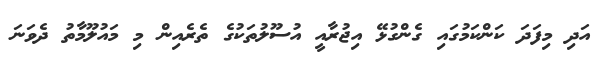
އަދި މިފަދަ ކަންކަމުގައި ގެންގުޅޭ އިޖުރާއީ އުސޫލުތަކުގެ ތެރެއިން މި މައުލޫމާތު ދެވަނަ